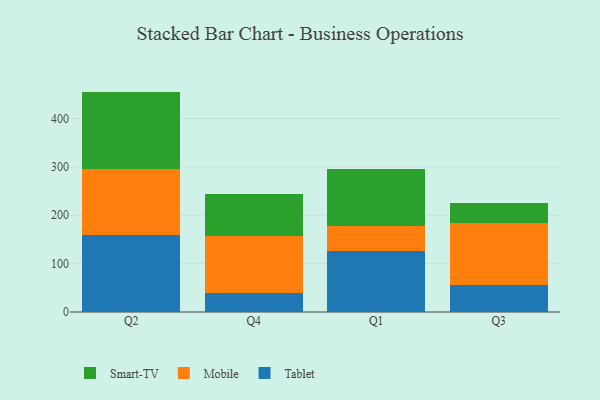
{"axis": {"x": "Quarter", "y": "Tickets Resolved"}, "legend": ["Mobile", "Smart-TV", "Tablet"], "data": [{"x": "Q2", "y": 159.4, "type": "Tablet"}, {"x": "Q2", "y": 136.9, "type": "Mobile"}, {"x": "Q2", "y": 159.2, "type": "Smart-TV"}, {"x": "Q4", "y": 38.4, "type": "Tablet"}, {"x": "Q4", "y": 119.1, "type": "Mobile"}, {"x": "Q4", "y": 85.4, "type": "Smart-TV"}, {"x": "Q1", "y": 125.2, "type": "Tablet"}, {"x": "Q1", "y": 52.6, "type": "Mobile"}, {"x": "Q1", "y": 117.0, "type": "Smart-TV"}, {"x": "Q3", "y": 55.7, "type": "Tablet"}, {"x": "Q3", "y": 127.5, "type": "Mobile"}, {"x": "Q3", "y": 42.0, "type": "Smart-TV"}]}